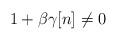
LaTeX: \begin{align*}1+\beta\gamma[n]\not=0 \end{align*}